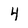
Character: 4